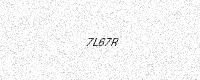
Text: 7L67R